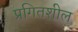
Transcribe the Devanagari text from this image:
प्रगितशील